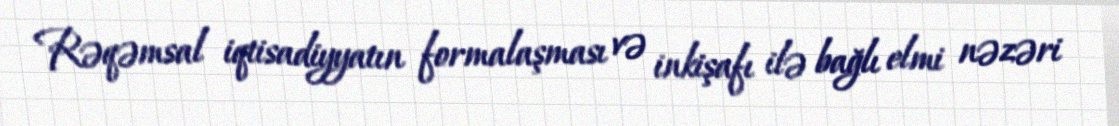
Rəqəmsal iqtisadiyyatın formalaşması və inkişafı ilə bağlı elmi nəzəri